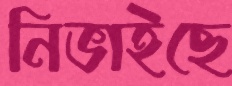
নিভাইছে